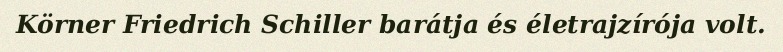
Körner Friedrich Schiller barátja és életrajzírója volt.